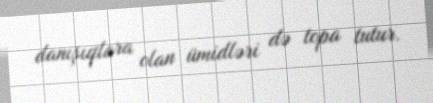
danışıqlara olan ümidləri də topa tutur.